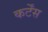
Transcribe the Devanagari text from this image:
कर्टेंस